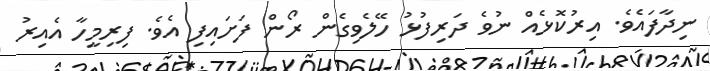
ނިދާފައެވެ. އިރުކޮޅެއް ނުވެ ދަރިފުޅު ހޭލެވިގެން ރޯން ފަށައިފި އެވެ. ފިރިމީހާ އެއިރު